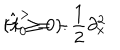
LaTeX: \hat { H } _ { 0 } ^ { > } = - \frac { 1 } { 2 } \partial _ { x } ^ { 2 } \hspace { 2 . 0 c m } ( x \geq 0 ) .